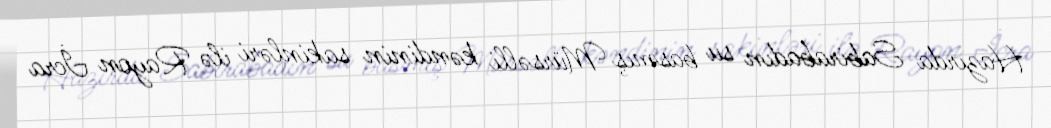
Hazırda Sabirabadın su basmış Mürsəlli kəndinin sakinləri ilə Rayon İcra